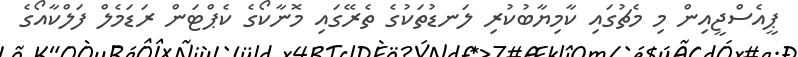
ޕީއެސްޖީއިން މި މެޗުގައި ކާމިޔާބުކުރި ލަނޑުތަކުގެ ތެރޭގައި މޮނާކޯގެ ކެޕްޓަން ރަޑަމެލް ފަލްކާއޯގެ